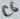
Text: C6